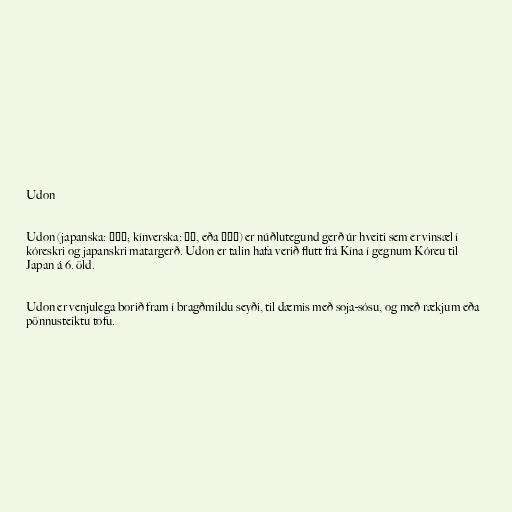
Udon

Udon (japanska: うどん; kínverska: 烏冬, eða 烏冬麵) er núðlutegund gerð úr hveiti sem er vinsæl í
kóreskri og japanskri matargerð. Udon er talin hafa verið flutt frá Kína í gegnum Kóreu til
Japan á 6. öld.

Udon er venjulega borið fram í bragðmildu seyði, til dæmis með soja-sósu, og með rækjum eða
pönnusteiktu tofu.